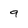
Character: 9